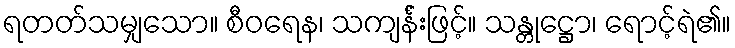
ရတတ်သမျှသော။ စီဝရေန၊ သကျင်္န်းဖြင့်။ သန္တုဋ္ဌော၊ ရောင့်ရဲ၏။